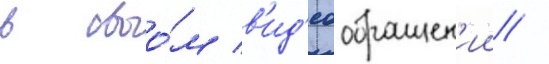
в своо́м в'ид'еообращен'ии /